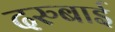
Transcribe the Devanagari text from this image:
दरुबाई